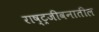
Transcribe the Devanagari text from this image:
राष्ट्रजीवनातील